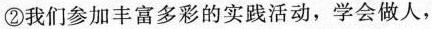
②我们参加丰富多彩的实践活动，学会做人，